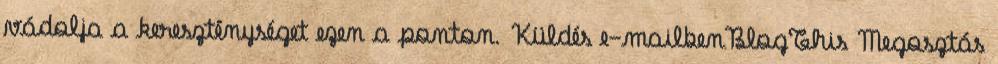
vádolja a kereszténységet ezen a ponton. Küldés e-mailbenBlogThis Megosztás